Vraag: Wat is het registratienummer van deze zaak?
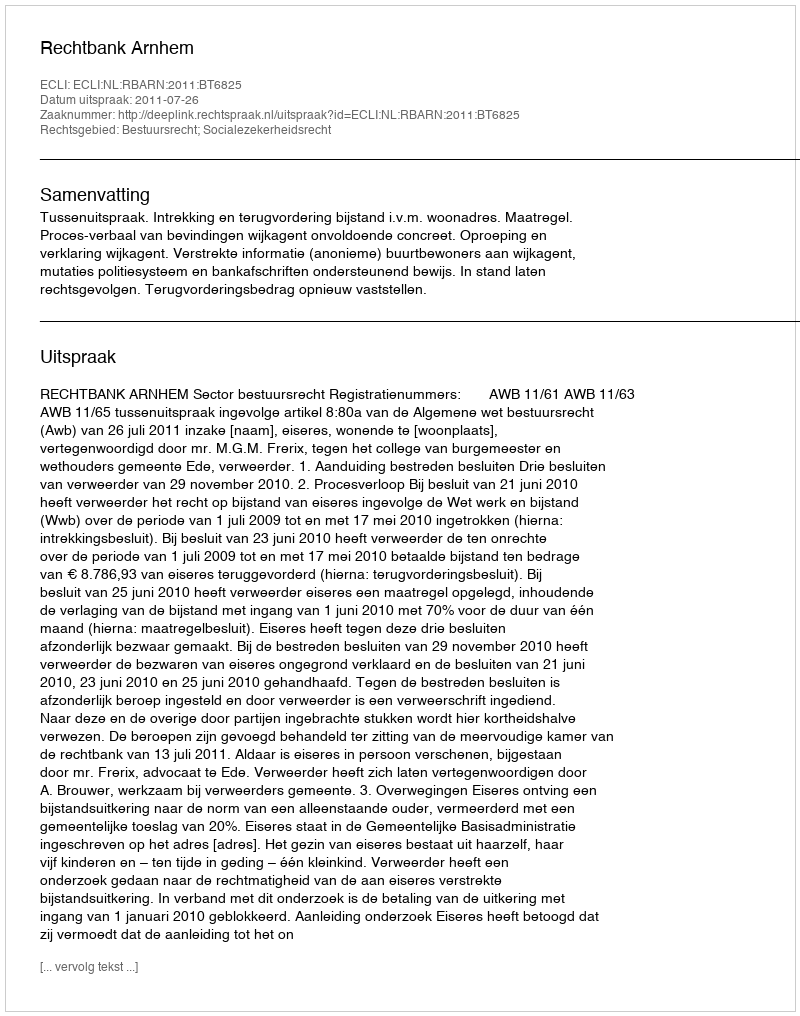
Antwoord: http://deeplink.rechtspraak.nl/uitspraak?id=ECLI:NL:RBARN:2011:BT6825